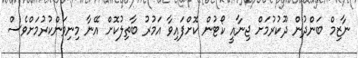
ނާޒިމް ބަންދުން ދޫކުރުމަށް ޖިނާއީ ކޯޓުން ކޮށްފައިވާ އަމުރު ބާތިލުކޮށް އޭނާ މިނިވަންކުރުމަށްވެސް